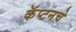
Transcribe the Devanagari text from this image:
कॅप्टनचे